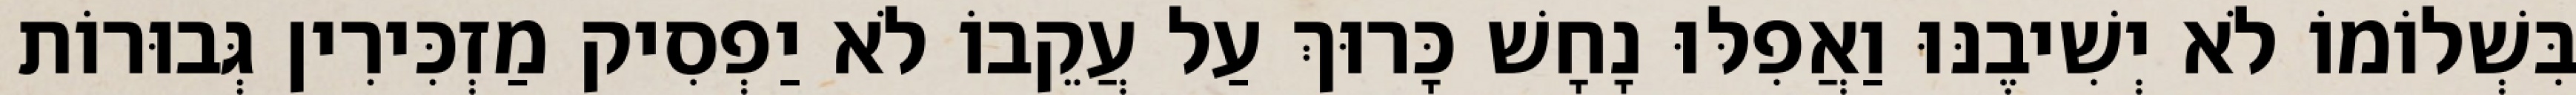
בִּשְׁלוֹמוֹ לֹא יְשִׁיבֶנּוּ וַאֲפִלּוּ נָחָשׁ כָּרוּךְ עַל עֲקֵבוֹ לֹא יַפְסִיק מַזְכִּירִין גְּבוּרוֹת